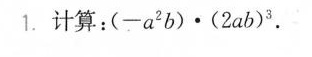
1.计算：（-a^{2}b）·（2ab）^{3}